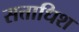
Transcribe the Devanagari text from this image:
सत्ताधिश